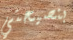
بنصيحتي